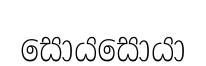
සොයසොයා